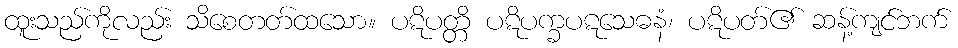
ထူးသည်ကိုလည်း သိစေတတ်ထသော။ ပဋိပတ္တိ ပဋိပက္ခပဋသေဓနံ၊ ပဋိပတ်၏ ဆန့်ကျင်ဘက်